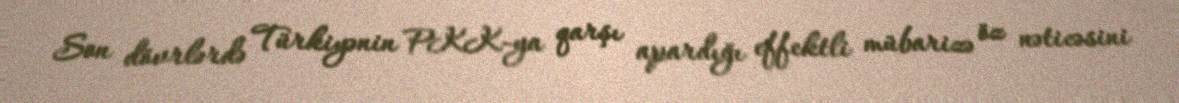
Son dövrlərdə Türkiyənin PKK-ya qarşı apardığı effektli mübarizə öz nəticəsini